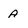
Character: A